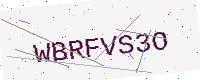
Text: WBRFVS3O